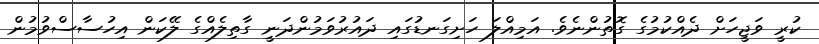
ކުރީ ވަޖީހަށް ދެއްކުމުގެ ގޮތުންނެވެ. އަމިއްލަ ހަށިގަނޑުގައި ދައުރުވަމުންދަނީ ގާތިލެއްގެ ލޭކަން އިހުސާސްވުމުން